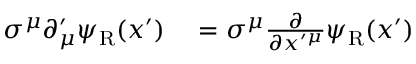
\begin{array} { r l } { \sigma ^ { \mu } \partial _ { \mu } ^ { \prime } \psi _ { \mathrm { { R } } } ( x ^ { \prime } ) } & { { } = \sigma ^ { \mu } { \frac { \partial } { \partial x ^ { \prime \mu } } } \psi _ { \mathrm { { R } } } ( x ^ { \prime } ) } \end{array}